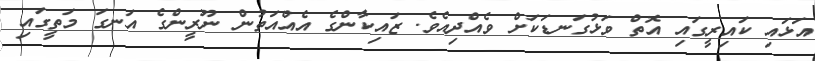
އަޅައި ކައިރީގައި އޮތް ވަޅުގަނޑަކަށް ވެއްދިއެވެ. ޒައިކާންގެ އެއްއަތުން ނޫރީންގެ އަނގަ މަތީގައި